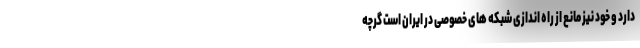
دارد و خود نیز مانع از راه اندازی شبکه های خصوصی در ایران است گرچه